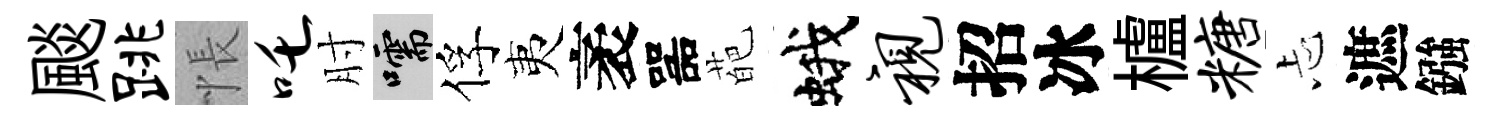
颷跳悵吒肘嚅俘夷袤噐葩蛾视招冰櫨糖忐遮鏹